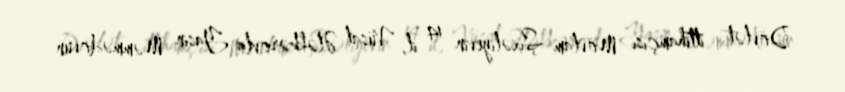
Dövlət ittihamçısı Mövlam Şıxəliyevin 14 il, Vüsal Ələkbərovla Yasin Məmmədovun